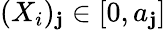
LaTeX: (X_{i})_{\mathbf{j}}\in[0,a_{\mathbf{j}}]